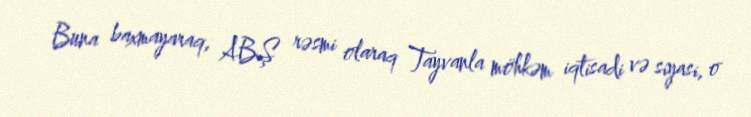
Buna baxmayaraq, ABŞ rəsmi olaraq Tayvanla möhkəm iqtisadi və siyasi, o